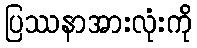
ပြဿနာအားလုံးကို